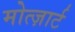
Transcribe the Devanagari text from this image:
मोत्ज़ार्ट